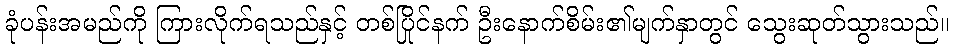
ခုံပန်းအမည်ကို ကြားလိုက်ရသည်နှင့် တစ်ပြိုင်နက် ဦးနောက်စိမ်း၏မျက်နှာတွင် သွေးဆုတ်သွားသည်။